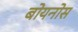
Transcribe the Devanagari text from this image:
बोयनोस